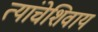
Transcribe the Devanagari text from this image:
त्यांचेशिवाय